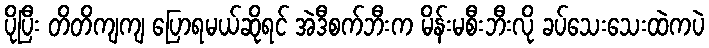
ပိုပြီး တိတိကျကျ ပြောရမယ်ဆိုရင် အဲဒီစက်ဘီးက မိန်းမစီးဘီးလို ခပ်သေးသေးထဲကပဲ